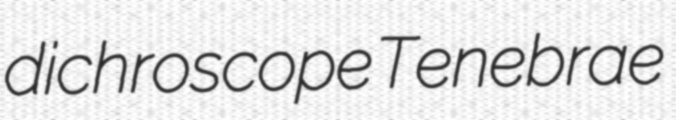
dichroscope Tenebrae